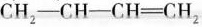
$$C H _ { 2 } — C H — C H = C H _ { 2 }$$